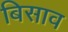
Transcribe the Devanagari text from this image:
बिसाव